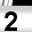
Digit: 2